Document type: Emphyteutic lease
Year: 1295
Scribe: Pere de Noguera, prevere
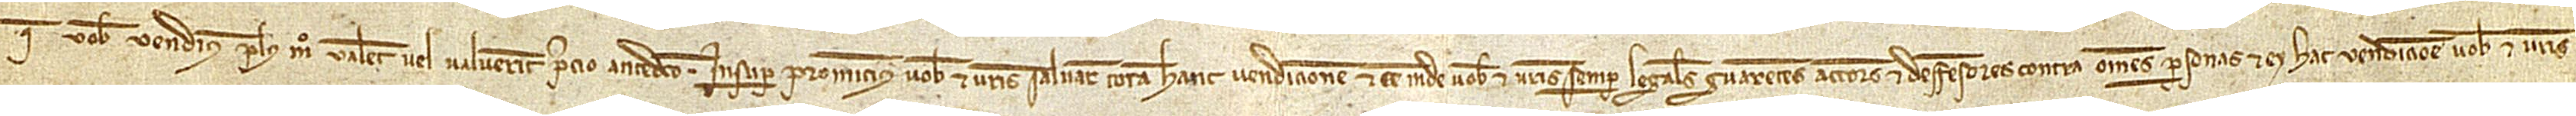
que vobis vendimus plus modo valent vel valuerint precio antedicto. Insuper promitimus vobis et vestris salvare totam hanc vendicionem et esse inde vobis et vestris semper legales guarentes, actores et deffensores contra omnes personas, et ex hac vendicione vobis et vestris